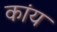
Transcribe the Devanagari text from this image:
कांय